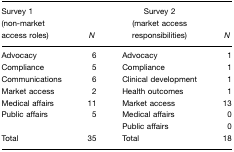
<table><thead><tr><td><b>Survey 1 (non-market access roles)</b></td><td><b><i>N</i></b></td><td><b>Survey 2 (market access responsibilities)</b></td><td><b><i>N</i></b></td></tr></thead><tbody><tr><td>Advocacy</td><td>6</td><td>Advocacy</td><td>1</td></tr><tr><td>Compliance</td><td>5</td><td>Compliance</td><td>1</td></tr><tr><td>Communications</td><td>6</td><td>Clinical development</td><td>1</td></tr><tr><td>Market access</td><td>2</td><td>Health outcomes</td><td>1</td></tr><tr><td>Medical affairs</td><td>11</td><td>Market access</td><td>13</td></tr><tr><td>Public affairs</td><td>5</td><td>Medical affairs</td><td>0</td></tr><tr><td></td><td></td><td>Public affairs</td><td>0</td></tr><tr><td>Total</td><td>35</td><td>Total</td><td>18</td></tr></tbody></table>